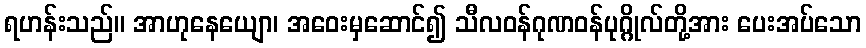
ရဟန်းသည်။ အာဟုနေယျော၊ အဝေးမှဆောင်၍ သီလဝန်ဂုဏဝန်ပုဂ္ဂိုလ်တို့အား ပေးအပ်သော